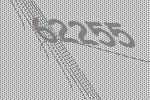
62255